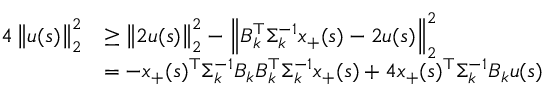
\begin{array} { r l } { 4 \left\| u ( s ) \right\| _ { 2 } ^ { 2 } } & { \geq \left\| 2 u ( s ) \right\| _ { 2 } ^ { 2 } - \left\| B _ { k } ^ { \top } \Sigma _ { k } ^ { - 1 } x _ { + } ( s ) - 2 u ( s ) \right\| _ { 2 } ^ { 2 } } \\ & { = - x _ { + } ( s ) ^ { \top } \Sigma _ { k } ^ { - 1 } B _ { k } B _ { k } ^ { \top } \Sigma _ { k } ^ { - 1 } x _ { + } ( s ) + 4 x _ { + } ( s ) ^ { \top } \Sigma _ { k } ^ { - 1 } B _ { k } u ( s ) } \end{array}